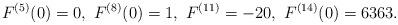
LaTeX: \begin{align*}F^{(5)}(0)=0,\ F^{(8)}(0)=1,\ F^{(11)}=-20,\ F^{(14)}(0)=6363.\end{align*}